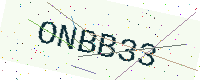
Text: ONBB33